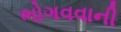
ભોગવવાની